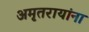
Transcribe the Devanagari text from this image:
अमृतरायांना